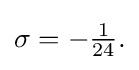
{\textstyle \sigma =-{\tfrac {1}{24}}.}